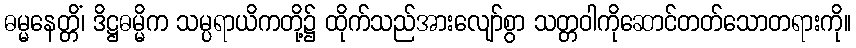
ဓမ္မနေတ္တိံ၊ ဒိဋ္ဌဓမ္မိက သမ္ပရာယိကတို့၌ ထိုက်သည်အားလျော်စွာ သတ္တဝါကိုဆောင်တတ်သောတရားကို။